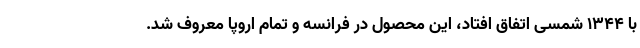
با ۱۳۴۴ شمسی اتفاق افتاد، این محصول در فرانسه و تمام اروپا معروف شد.